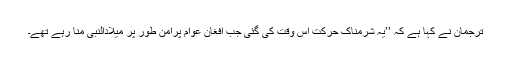
ترجمان نے کہا ہے کہ ’’یہ شرمناک حرکت اس وقت کی گئی جب افغان عوام پُرامن طور پر میلادالنبی منا رہے تھے۔